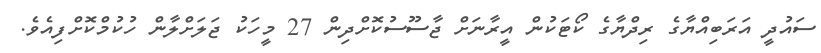
ސައުދީ އަރަބިއްޔާގެ ރިދްޔާގެ ކޯޓަކުން އީރާނަށް ޖާސޫސުކޮށްދިން 27 މީހަކު ޖަލަށްލާން ހުކުމްކޮށްފިއެވެ.